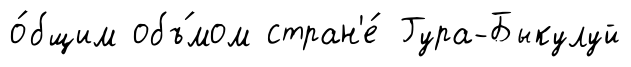
о́бщим объ́мом стран'е́ Гура-Быкулуй